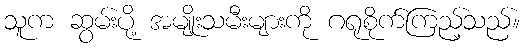
သူက ဆွမ်းပို့ အမျိုးသမီးများကို ဂရုစိုက်ကြည့်သည်။